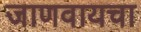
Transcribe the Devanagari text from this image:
जाणवायचा